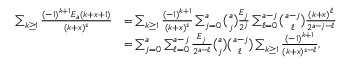
\begin{array} { r l } { \sum _ { k \geq 1 } \frac { ( - 1 ) ^ { k + 1 } E _ { a } ( k + x + 1 ) } { ( k + x ) ^ { s } } } & { = \sum _ { k \geq 1 } \frac { ( - 1 ) ^ { k + 1 } } { ( k + x ) ^ { s } } \sum _ { j = 0 } ^ { a } \binom { a } { j } \frac { E _ { j } } { 2 ^ { j } } \sum _ { \ell = 0 } ^ { a - j } \binom { a - j } { \ell } \frac { ( k + x ) ^ { \ell } } { 2 ^ { a - j - \ell } } } \\ & { = \sum _ { j = 0 } ^ { a } \sum _ { \ell = 0 } ^ { a - j } \frac { E _ { j } } { 2 ^ { a - \ell } } \binom { a } { j } \binom { a - j } { \ell } \sum _ { k \geq 1 } \frac { ( - 1 ) ^ { k + 1 } } { ( k + x ) ^ { s - \ell } } , } \end{array}